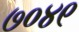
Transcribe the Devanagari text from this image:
७०४९